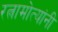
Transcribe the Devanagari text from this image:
रत्नामोत्यांनी